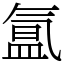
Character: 氲